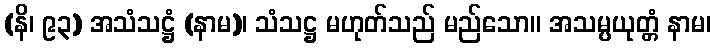
(နိ၊ ၉၃) အသံသဋ္ဌံ (နာမ)၊ သံသဋ္ဌ မဟုတ်သည် မည်သော။ အသမ္ပယုတ္တံ နာမ၊